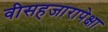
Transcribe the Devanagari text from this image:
वीसहजारापेक्षा